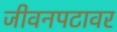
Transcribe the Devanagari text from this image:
जीवनपटावर